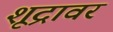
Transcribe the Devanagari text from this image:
शूद्रावर